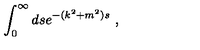
\int _ { 0 } ^ { \infty } d s e ^ { - ( k ^ { 2 } + m ^ { 2 } ) s } \ ,